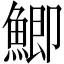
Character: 鯽